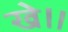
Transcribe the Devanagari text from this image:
खे॥